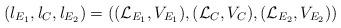
LaTeX: \begin{align*}(l_{E_1}, l_{C}, l_{E_2})=((\mathcal{L}_{E_1}, V_{E_1}),(\mathcal{L}_{C}, V_{C}),(\mathcal{L}_{E_2}, V_{E_2}))\end{align*}